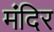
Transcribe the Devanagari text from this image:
मंंदिर